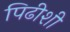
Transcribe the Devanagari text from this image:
पिढीशी